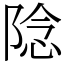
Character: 䧔